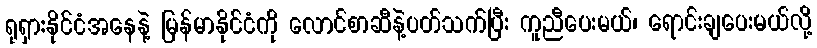
ရုရှားနိုင်ငံအနေနဲ့ မြန်မာနိုင်ငံကို လောင်စာဆီနဲ့ပတ်သက်ပြီး ကူညီပေးမယ်၊ ရောင်းချပေးမယ်လို့